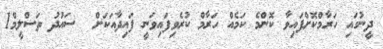
ދީނުގައި ހަރާމްކޮށްފައިވާ ކޮންމެ ކަމެއް ހަރާމް ކުރެވިފައިވަނީ ފައިދާއަކަށް  ސައުދު ތަސްލީމް1